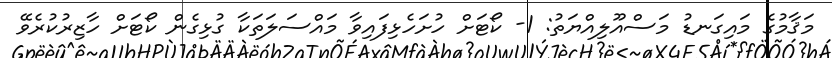
މަޤާމުގެ މައިގަނޑު މަސްއޫލިއްޔަތު: 1- ކޯޓަށް ހުށަހެޅިފައިވާ މައްސަލަތަކާ ގުޅިގެން ކޯޓަށް ހާޒިރުކުރެވޭ